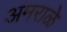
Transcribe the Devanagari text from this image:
अमराळे